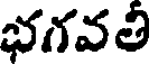
భగవతి